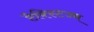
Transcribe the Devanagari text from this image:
टैक्स्टिज्म